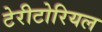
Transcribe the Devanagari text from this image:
टेरीटोरियल